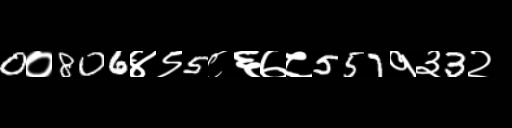
Text: 0०806४९5८६७८557१३3२